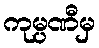
ကုမ္ပဏီမှ